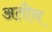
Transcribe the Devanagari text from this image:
अतीन